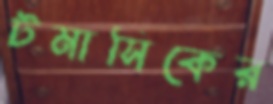
টমাসিকের